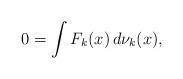
LaTeX: \begin{align*}0=\int F_k(x)\,d\nu_k(x),\end{align*}